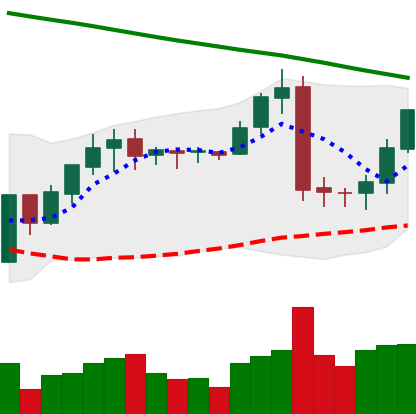
Ticker: BNB-USD
Chart end date: 2019-02-02
Forward return: 12.169%
Label: up_7plus